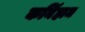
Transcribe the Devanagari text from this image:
कनिंहाम